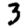
Digit: 3